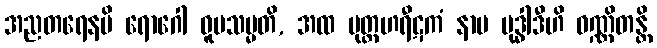
အညတရေနပိ ရောဂေါ ဝူပသမ္မတိ, အထ မုတ္တဟရီဋကံ နာမ ဗုဒ္ဓါဒီဟိ ဝဏ္ဏိတန္တိ